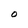
Character: O